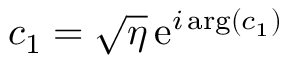
c _ { 1 } = \sqrt { \eta } \, \mathrm { e } ^ { i \arg ( c _ { 1 } ) }